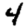
Digit: 4